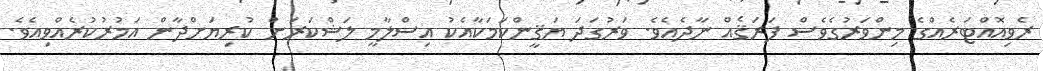
ރެވިއޮއްޓަރެއްގެ މިންވަރުގެވެސް ފަރަޤެއް ނާދެއެވެ. ވަރުގަދަ ޔަޤީންކަމަކާއެކު އިސްލާމީ ލަޝްކަރަށް ކުރިޔަށްދާން އަމުރުކުރެއްވިއެވެ.